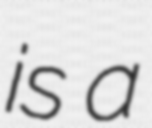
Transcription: is a